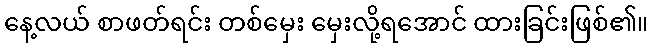
နေ့လယ် စာဖတ်ရင်း တစ်မှေး မှေးလို့ရအောင် ထားခြင်းဖြစ်၏။